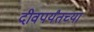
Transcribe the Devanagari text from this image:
दीवपर्यंतच्या